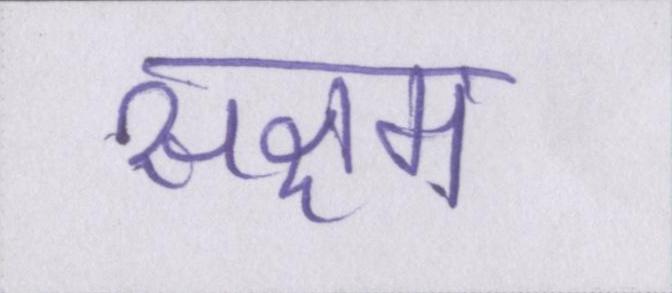
सक्षम